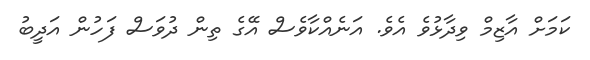
ކަމަށް އާޒިމް ވިދާޅުވެ އެވެ. އަނެއްކާވެސް އޭގެ ތިން ދުވަސް ފަހުން އަދީބު